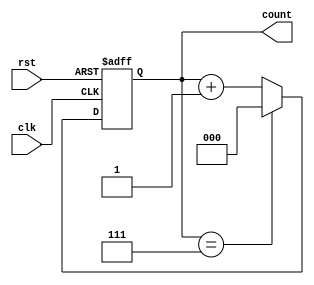
module Modulus_Counter (
    input wire clk,
    input wire rst,
    output reg [N-1:0] count
);

parameter MODULUS = 8; // specify the modulo range here
parameter N = $clog2(MODULUS); // calculate number of bits required for the counter

always @(posedge clk or posedge rst) begin
    if (rst) begin
        count <= 0;
    end else if (count == MODULUS - 1) begin
        count <= 0;
    end else begin
        count <= count + 1;
    end
end

endmodule